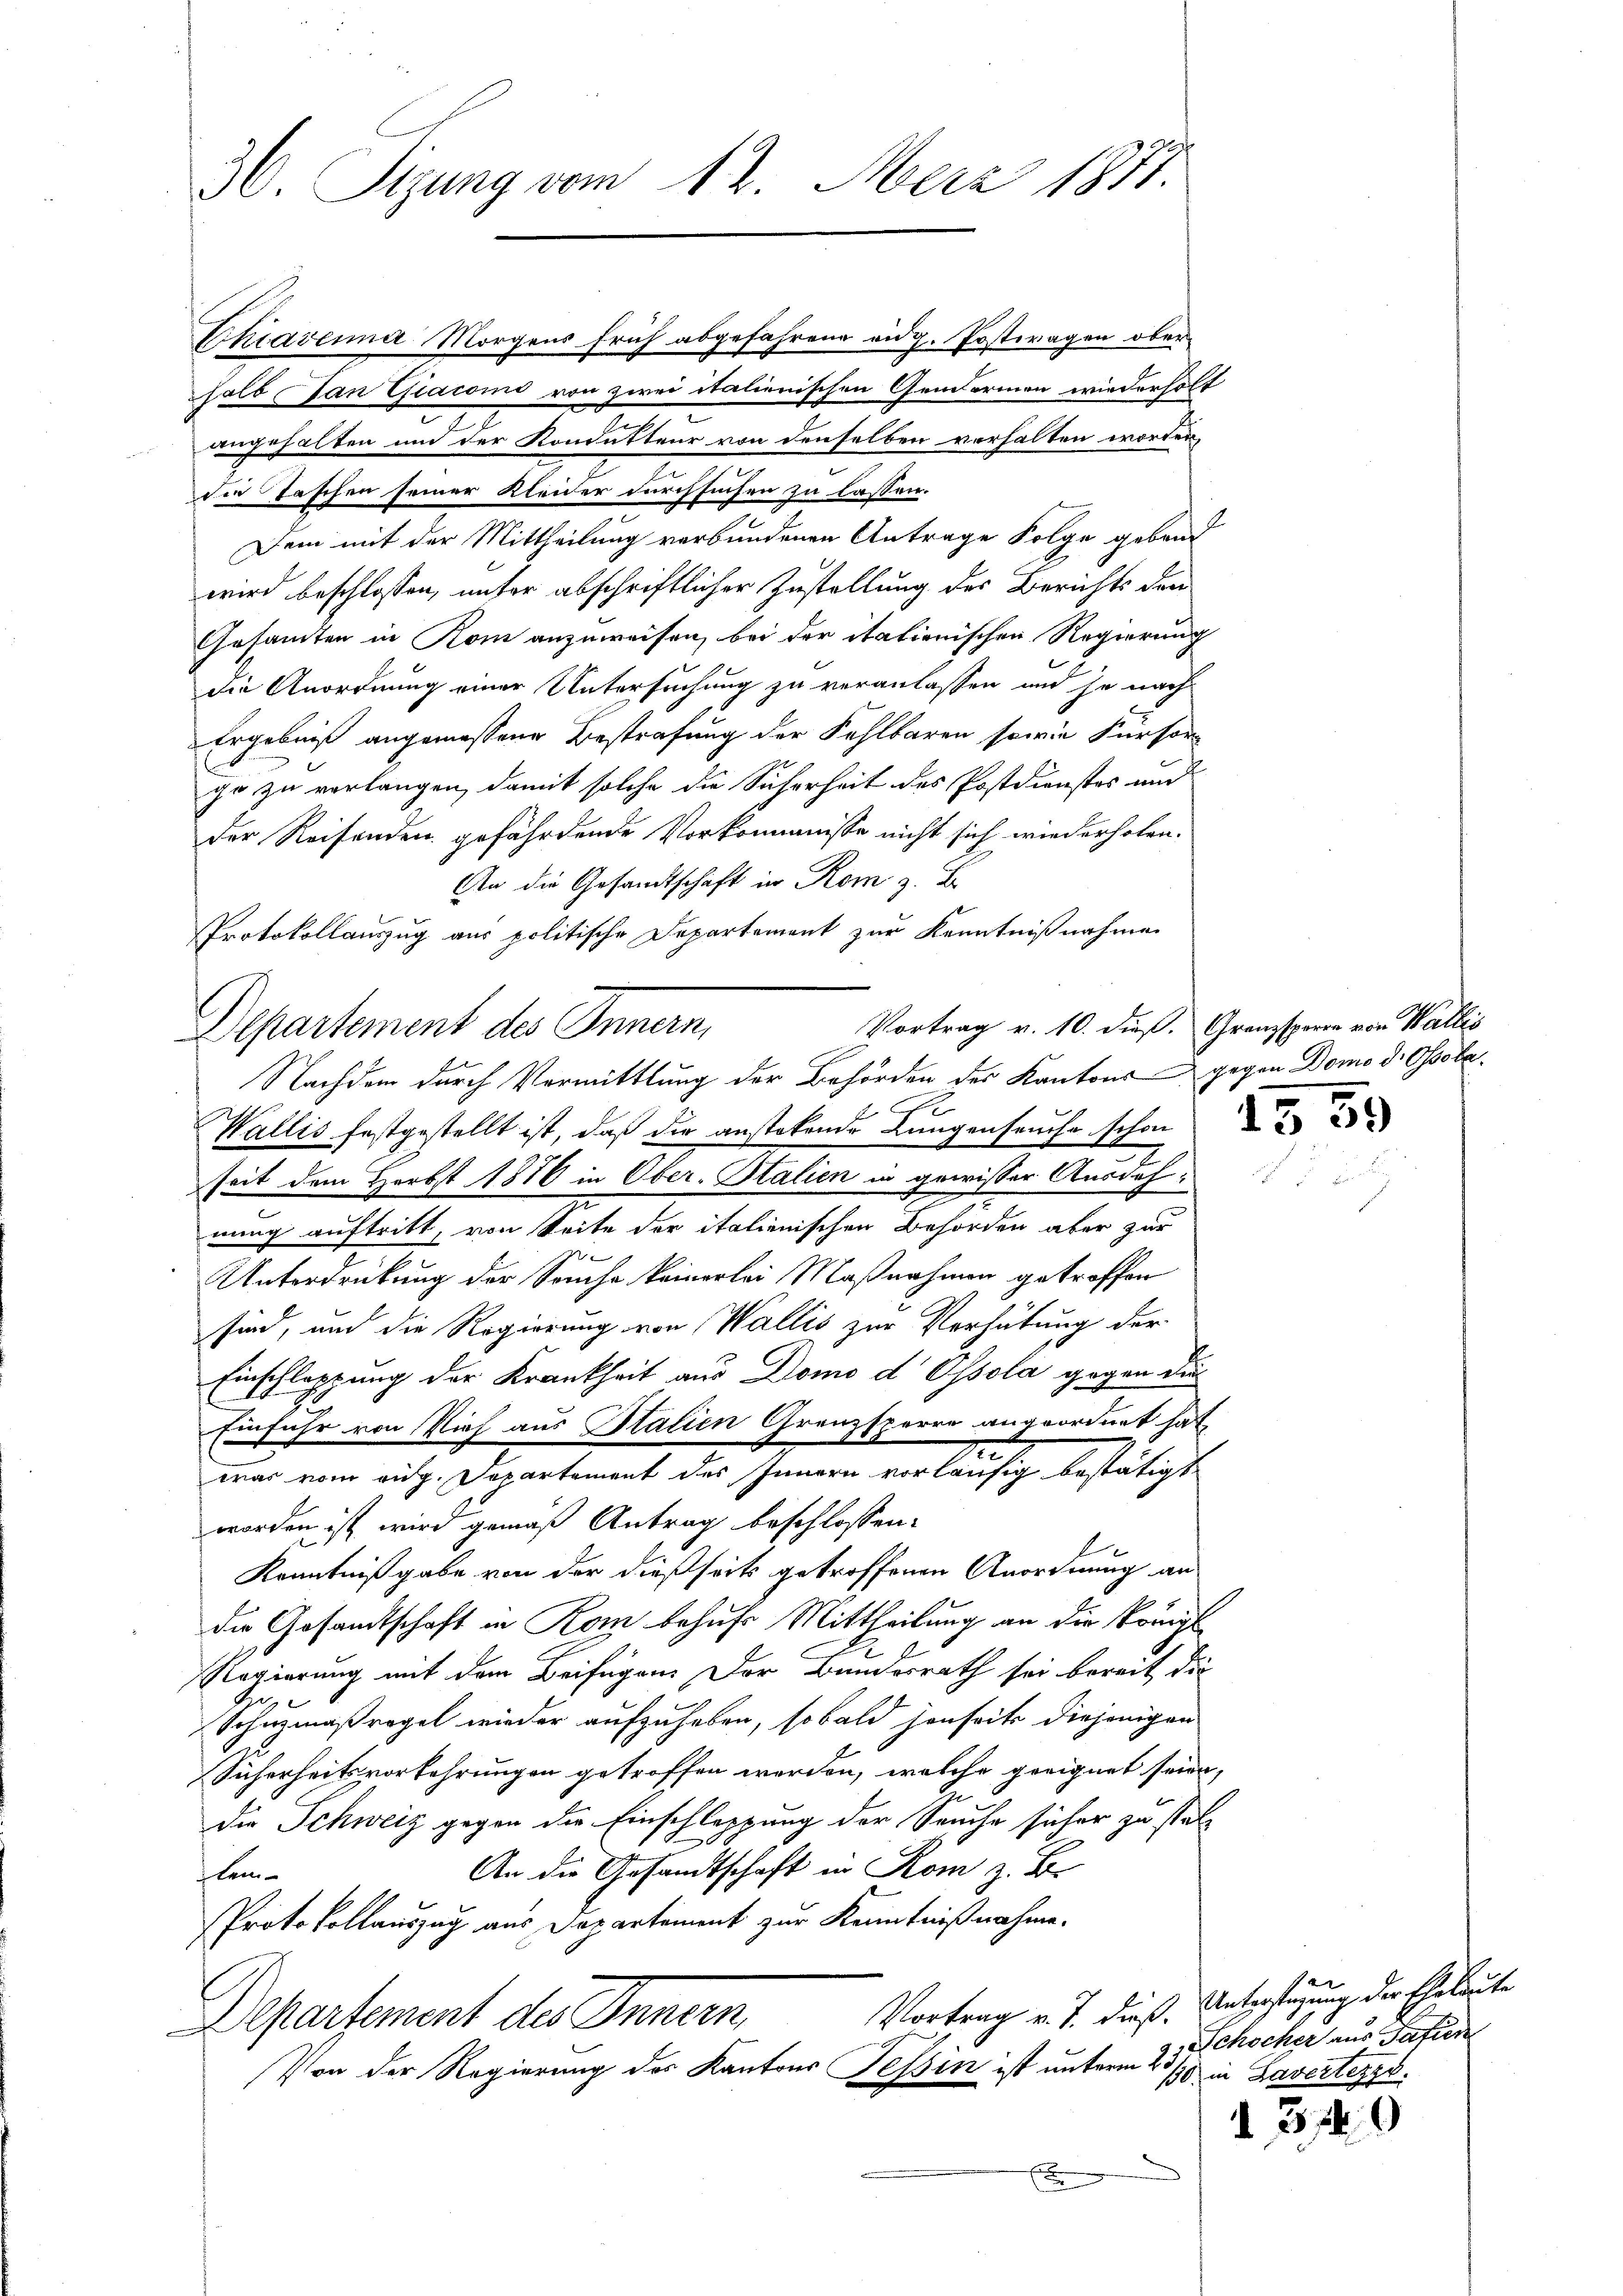
36. Sizung vom 12. Merz 1871.

Chiavenna Morgens früh abgefahrene aug. Postwagen ober
halb Jan Giacomi von zwei italienischen Genormen wiederholt
7
angehalten und der Kondutteur von denselben verhalten worden,
die Taschen seiner Kleider durchsuchen zu lassen.
Dem mit der Mittheilung verbundenen Antrage Folge gebend
wird beschlossen, unter abschriftlicher Zustellung des Berichts den
Gesammten in Rom anzuweisen, bei der italienischen Regierung
die Anordnung einer Untersuchung zu veranlassen und je nach
Ergebniß angemessene Bestrafung der Fehlbaren sowie Fürsorgo zu verlangen, damit solche die Sicherheit des Postdienstes und
der Reisenden gefährdende Vorkommnisse nicht sich wiederholen.
An die Gesandtschaft in Rom z. B
Protokollauszug aus politische Departement zur Kenntnißnahmen
Vortrag v. 10. dieß. Granzsporre von Wallis
Departement des Innern,
Nachdem durch Vermittlung der Behörden des Kantons gegen Domo d. Ossöle¬
Wallis festgestellt ist, daß die anstolende Lungenseuche schon 2
seit dem Herbst 1876 in Ober-Stalien in gewisser Ausdehnung auftritt, von Seite der italienischen Behörden aber zur
7
Unterdrückung der Sonche keinerlei Maßnahmen getroffen
sind, und die Regierung von Wallis zur Verhütung der
Einschlappung der Krankheit aus Domo d Ossola gegen die
Einfuhr von Vieh aus Italien Grenzsperre angeordnet hat
was vom aug. Departement des Innern vorläufig bestätigt
worden ist wird gemäß Antrag beschlossen:
Kenntnißgabe von der dießseits getroffenen Anordnung an
die Gesandtschaft in Rom behufs Mittheilung an die Königl.
Regierung mit dem Beifügen. Der Bundesrath sei bereit die
g
G
Schnzmaßregel wieder aufzuheben, sobald jenseits diejenigen
Sicherheitsvorkehrungen getroffen werden, welche geeignet seien,
die Schweiz gegen die Einschleppung der Seuche sicher zu stat¬
An die Gesandtschaft in Rom z. B.
lem
Protokollauszug aus Departement zur Kenntnißnahme.
Vortrag v. J. dieß.
Departement des Innern,
Von der Regierung des Kantons Tessin ist unterm 23.
x

r

d. 319

Unterftigung der Eheleute
Schocher aus Safien
130 in Lavertezzo.